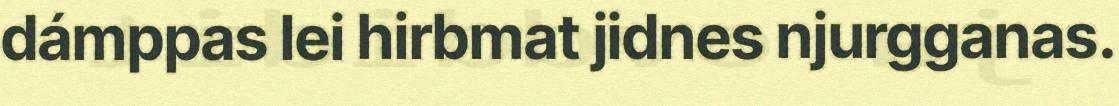
dámppas lei hirbmat jidnes njurgganas.